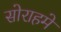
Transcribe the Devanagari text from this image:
सोराहमे